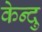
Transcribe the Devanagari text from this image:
केन्दु